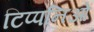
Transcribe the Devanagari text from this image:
टिप्पनिओं